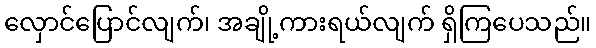
လှောင်ပြောင်လျက်၊ အချို့ကားရယ်လျက် ရှိကြပေသည်။